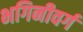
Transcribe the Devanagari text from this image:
भगिनीवर्ग